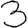
Digit: 3